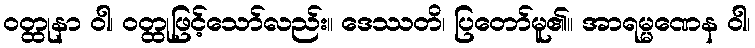
ဝတ္ထုနာ ဝါ၊ ဝတ္ထုဖြင့်သော်လည်း။ ဒေဿတိ၊ ပြတော်မူ၏။ အာရမ္မဏေန ဝါ၊